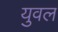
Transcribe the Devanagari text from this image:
युवल